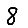
Digit: 8